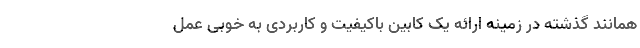
همانند گذشته در زمینه ارائه یک کابین باکیفیت و کاربردی به خوبی عمل